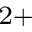
^ { 2 + }